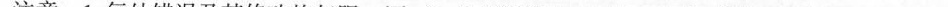
注意：1.每处错误及其修改均仅限一词；2.只允许修改 10处，多者（从第 11 处起）不计分。